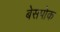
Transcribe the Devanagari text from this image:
बेसपोक